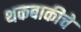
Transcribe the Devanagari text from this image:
थकबाकीचे